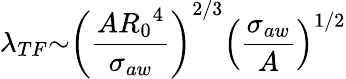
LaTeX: {\lambda}_{TF}{\sim}\left(\frac{A{R_{0}}^{4}}{{\sigma}_{aw}}\right)^{2/3}\left(\frac{{\sigma}_{aw}}{A}\right)^{1/2}